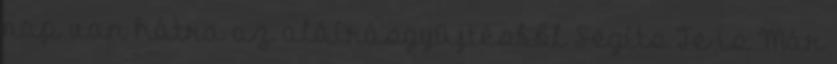
nap van hátra az aláírásgyűjtésből Segíts Te is Már